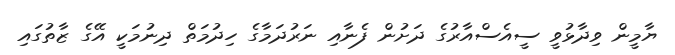
ޔާމީން ވިދާޅުވީ ސީއެސްއާރުގެ ދަށުން ފެނާއި ނަރުދަމާގެ ހިދުމަތް ދިނުމަކީ އޭގެ ޒާތުގައި